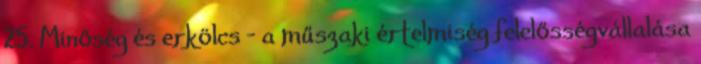
25. Minőség és erkölcs - a műszaki értelmiség felelősségvállalása